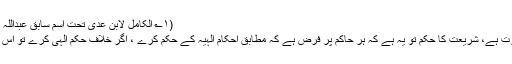
(۱؎ الکامل لابن عدی تحت اسم سابق عبداللہ مطبوعہ المکتبہ الاثریۃ سانگلہ ہل ۳/۱۳۰۷)
شرعی احکام اور عرفی خیالات میں بہت تفاوت ہے، شریعت کا حکم تو یہ ہے کہ ہر حاکم پر فرض ہے کہ مطابق احکامِ الہٰیہ کے حکم کرے ، اگر خلاف حکم الہی کرے تو اس کی دو صورتیں ہیں: ایک عمداً اور ایک خطاً۔